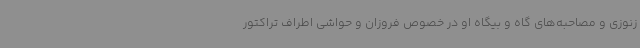
زنوزی و مصاحبه‌های گاه و بیگاه او در خصوص فروزان و حواشی اطراف تراکتور